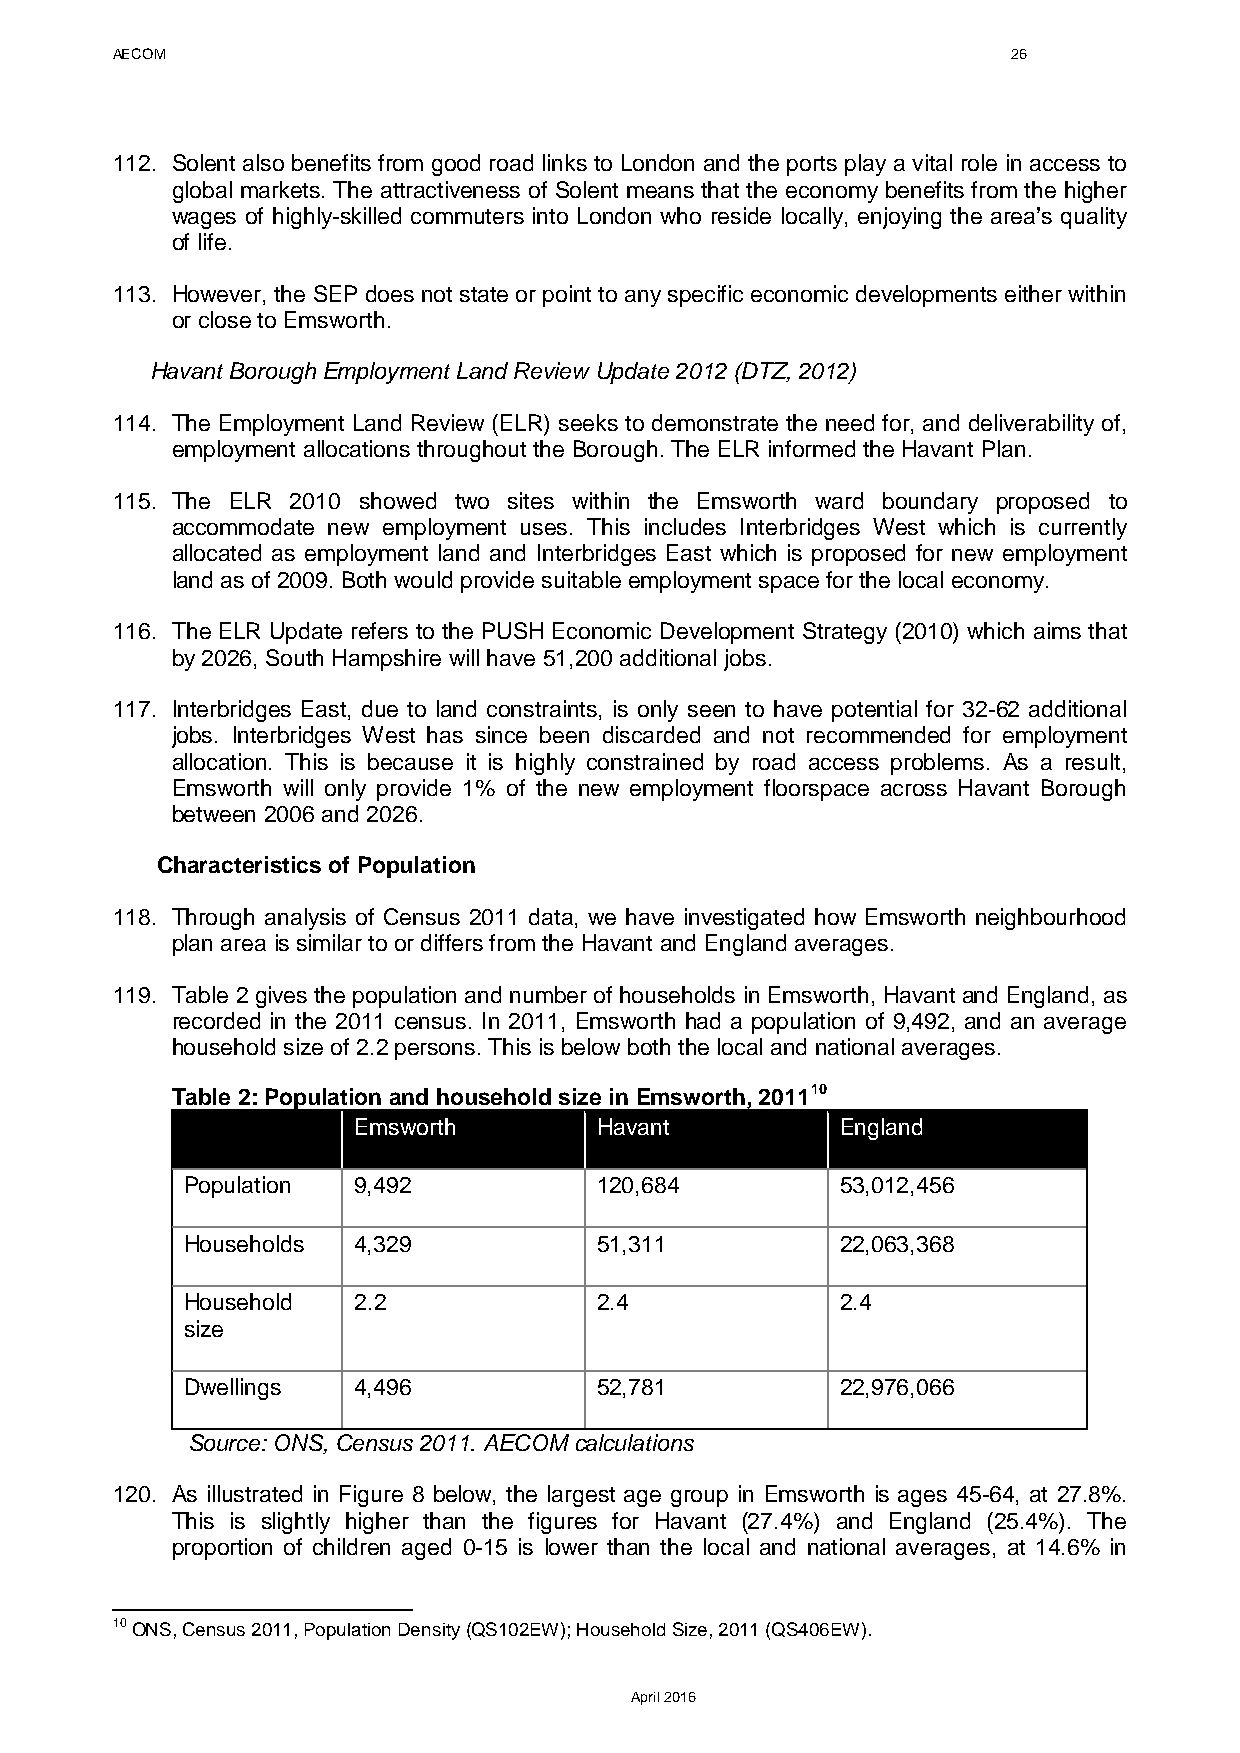
AECOM                                                       26
 112. Solent also benefits from good road links to London and the ports play a vital role in access to
 global markets. The attractiveness of Solent means that the economy benefits from the higher
 wages of highly-skilled commuters into London who reside locally, enjoying the area’s quality
 of life.
 113. However, the SEP does not state or point to any specific economic developments either within
 or close to Emsworth.
 Havant Borough Employment Land Review Update 2012 (DTZ, 2012)
 114. The Employment Land Review (ELR) seeks to demonstrate the need for, and deliverability of,
 employment allocations throughout the Borough. The ELR informed the Havant Plan.
 115. The ELR 2010 showed two sites within the Emsworth ward boundary proposed to
 accommodate new employment uses. This includes Interbridges West which is currently
 allocated as employment land and Interbridges East which is proposed for new employment
 land as of 2009. Both would provide suitable employment space for the local economy.
 116. The ELR Update refers to the PUSH Economic Development Strategy (2010) which aims that
 by 2026, South Hampshire will have 51,200 additional jobs.
 117. Interbridges East, due to land constraints, is only seen to have potential for 32-62 additional
 jobs. Interbridges West has since been discarded and not recommended for employment
 allocation. This is because it is highly constrained by road access problems. As a result,
 Emsworth will only provide 1% of the new employment floorspace across Havant Borough
 between 2006 and 2026.
 Characteristics of Population
 118. Through analysis of Census 2011 data, we have investigated how Emsworth neighbourhood
 plan area is similar to or differs from the Havant and England averages.
 119. Table 2 gives the population and number of households in Emsworth, Havant and England, as
 recorded in the 2011 census. In 2011, Emsworth had a population of 9,492, and an average
 household size of 2.2 persons. This is below both the local and national averages.
 Table 2: Population and household size in Emsworth, 201110
 Emsworth         Havant          England
 Population 9,492            120,684         53,012,456
 Households 4,329            51,311          22,063,368
 Household  2.2              2.4             2.4
 size
 Dwellings  4,496            52,781          22,976,066
 Source: ONS, Census 2011. AECOM calculations
 120. As illustrated in Figure 8 below, the largest age group in Emsworth is ages 45-64, at 27.8%.
 This is slightly higher than the figures for Havant (27.4%) and England (25.4%). The
 proportion of children aged 0-15 is lower than the local and national averages, at 14.6% in
 10 ONS, Census 2011, Population Density (QS102EW); Household Size, 2011 (QS406EW).
 April 2016